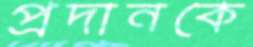
প্রদানকে